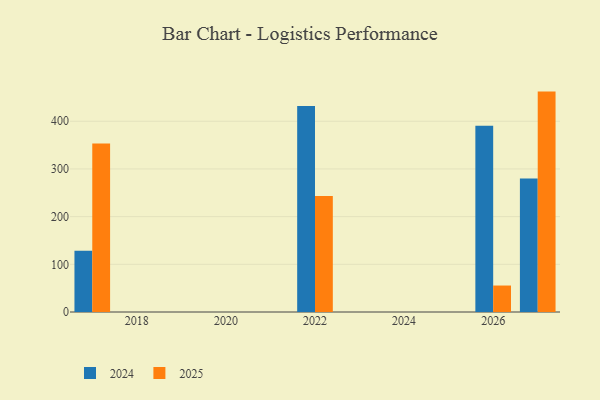
{"axis": {"x": "Year", "y": "Churn Rate (%)"}, "legend": ["2024", "2025"], "data": [{"x": "2027", "y": 462.2, "type": "2025"}, {"x": "2027", "y": 279.8, "type": "2024"}, {"x": "2022", "y": 243.3, "type": "2025"}, {"x": "2022", "y": 432.1, "type": "2024"}, {"x": "2017", "y": 353.3, "type": "2025"}, {"x": "2017", "y": 128.6, "type": "2024"}, {"x": "2026", "y": 55.5, "type": "2025"}, {"x": "2026", "y": 390.7, "type": "2024"}]}